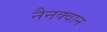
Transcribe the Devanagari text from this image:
नैनक्वान